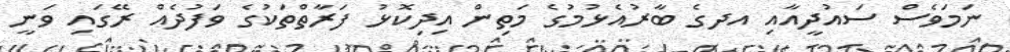
ނަމަވެސް ސައުދީއާއި އދގެ ބާރުއެޅުމުގެ މަތިން އިދިކޮޅު ފަރާތްތަކުގެ ވަފުދެއް ރޭގައި ވަނީ